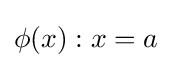
\phi (x):x=a